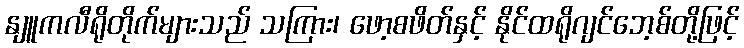
နျူကလီရိုတိုက်များသည် သကြား၊ ဖော့စဖိတ်နှင့် နိုင်ထရိုဂျင်ဘေ့စ်တို့ဖြင့်